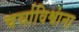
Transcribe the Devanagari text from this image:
चर्चाविश्वांना